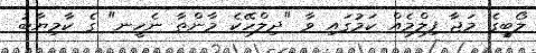
ލޯބީގެ މަޖާ ފިލްމެއް ކަމުގައި ވާ "ދިލްހޭކެ މާންތާ ނެހީނ" ގެ ކާމިޔާބު